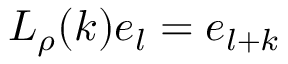
L _ { \rho } ( k ) e _ { l } = e _ { l + k }